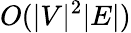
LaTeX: O(|V|^{2}|E|)